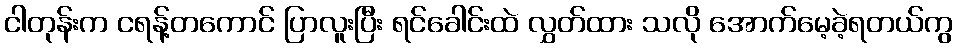
ငါတုန်းက ငရန့်တကောင် ပြာလူးပြီး ရင်ခေါင်းထဲ လွှတ်ထား သလို အောက်မေ့ခဲ့ရတယ်ကွ